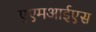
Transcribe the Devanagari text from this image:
एएमआईएस